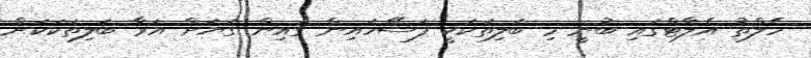
ހެލްތު އެލާޓްގައި ބުނީ މި ބަލިތަކަކީ ފަސޭހައިން ގައިން ގަޔަށް އަރާ ބަލިތަކަކަށް